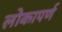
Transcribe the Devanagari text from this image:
लोकापर्ण